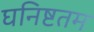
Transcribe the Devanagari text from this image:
घनिष्टतम